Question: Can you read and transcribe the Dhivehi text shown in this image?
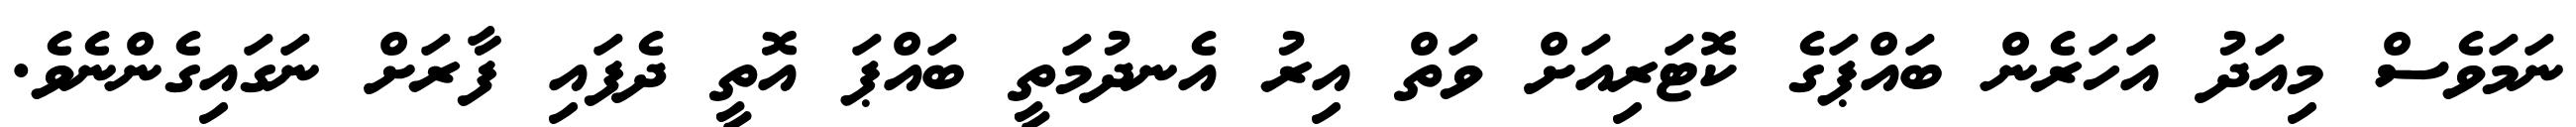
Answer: ނަމަވެސް މިއަދު އަހަރެން ބައްޕަގެ ކޮޓަރިއަށް ވަތް އިރު އެނދުމަތީ ބައްޕަ އޮތީ ދެފައި ފާރަށް ނަގައިގެންނެވެ.